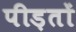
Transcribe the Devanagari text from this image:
पीड़तों